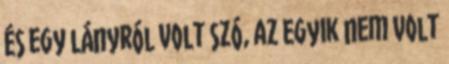
és egy lányról volt szó, az egyik nem volt